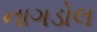
નાગડોલ